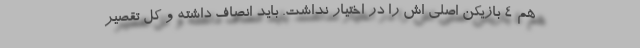
هم ۴ بازیکن اصلی اش را در اختیار نداشت. باید انصاف داشته و کل تقصیر